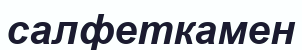
салфеткамен